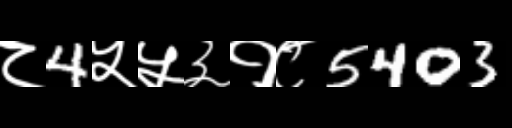
Text: ८4५५३१८5403